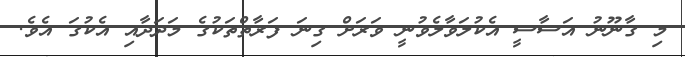
މި ގާނޫނު އަސާސީ އެކުލަވާލެވުނީ ވަރަށް ގިނަ ފަރާތްތަކުގެ މަދަދާއި އެކުގަ އެވެ.